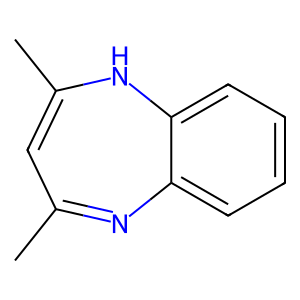
SMILES: CC1=CC(C)=Nc2ccccc2N1
Inhibits HIV replication: No